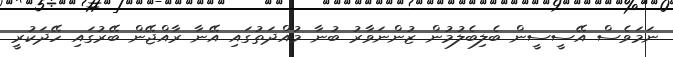
ނަމަވެސް އޭސީސީން ބެލިބެލުމުން ޒުންނަވާރު ބުނާ މުއްދަތުގައި އޭނާ ރާއްޖޭން ބޭރުގައި ހޭދަކުރީ